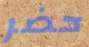
حضر